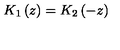
K _ { 1 } \left( z \right) = K _ { 2 } \left( - z \right)